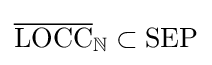
{\overline {\operatorname {LOCC} }}_{\mathbb {N} }\subset \operatorname {SEP}